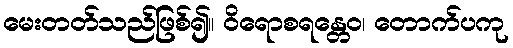
မေးတတ်သည်ဖြစ်၍။ ဝိရောစရန္တေဝ၊ တောက်ပကု